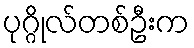
ပုဂ္ဂိုလ်တစ်ဦးက